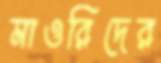
মাওরিদের